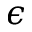
\epsilon